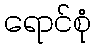
ရောင်စုံ